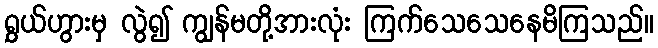
ရွှယ်ဟွားမှ လွဲ၍ ကျွန်မတို့အားလုံး ကြက်သေသေနေမိကြသည်။